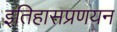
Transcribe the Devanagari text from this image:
इतिहासप्रणयन